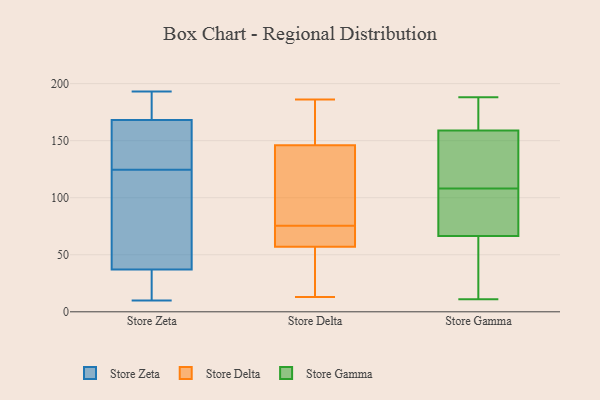
{"axis": {"x": "Temperature (°C)", "y": "Value"}, "legend": ["Store Delta", "Store Gamma", "Store Zeta"], "data": [{"x": "", "y": 95, "type": "Store Zeta"}, {"x": "", "y": 37, "type": "Store Zeta"}, {"x": "", "y": 135, "type": "Store Zeta"}, {"x": "", "y": 193, "type": "Store Zeta"}, {"x": "", "y": 168, "type": "Store Zeta"}, {"x": "", "y": 100, "type": "Store Zeta"}, {"x": "", "y": 10, "type": "Store Zeta"}, {"x": "", "y": 24, "type": "Store Zeta"}, {"x": "", "y": 192, "type": "Store Zeta"}, {"x": "", "y": 154, "type": "Store Zeta"}, {"x": "", "y": 114, "type": "Store Zeta"}, {"x": "", "y": 10, "type": "Store Zeta"}, {"x": "", "y": 140, "type": "Store Zeta"}, {"x": "", "y": 93, "type": "Store Zeta"}, {"x": "", "y": 158, "type": "Store Zeta"}, {"x": "", "y": 170, "type": "Store Zeta"}, {"x": "", "y": 31, "type": "Store Zeta"}, {"x": "", "y": 190, "type": "Store Zeta"}, {"x": "", "y": 140, "type": "Store Delta"}, {"x": "", "y": 184, "type": "Store Delta"}, {"x": "", "y": 146, "type": "Store Delta"}, {"x": "", "y": 114, "type": "Store Delta"}, {"x": "", "y": 68, "type": "Store Delta"}, {"x": "", "y": 56, "type": "Store Delta"}, {"x": "", "y": 13, "type": "Store Delta"}, {"x": "", "y": 62, "type": "Store Delta"}, {"x": "", "y": 179, "type": "Store Delta"}, {"x": "", "y": 57, "type": "Store Delta"}, {"x": "", "y": 74, "type": "Store Delta"}, {"x": "", "y": 31, "type": "Store Delta"}, {"x": "", "y": 186, "type": "Store Delta"}, {"x": "", "y": 77, "type": "Store Delta"}, {"x": "", "y": 11, "type": "Store Gamma"}, {"x": "", "y": 53, "type": "Store Gamma"}, {"x": "", "y": 162, "type": "Store Gamma"}, {"x": "", "y": 143, "type": "Store Gamma"}, {"x": "", "y": 159, "type": "Store Gamma"}, {"x": "", "y": 188, "type": "Store Gamma"}, {"x": "", "y": 83, "type": "Store Gamma"}, {"x": "", "y": 73, "type": "Store Gamma"}, {"x": "", "y": 177, "type": "Store Gamma"}, {"x": "", "y": 16, "type": "Store Gamma"}, {"x": "", "y": 159, "type": "Store Gamma"}, {"x": "", "y": 108, "type": "Store Gamma"}, {"x": "", "y": 19, "type": "Store Gamma"}, {"x": "", "y": 71, "type": "Store Gamma"}, {"x": "", "y": 113, "type": "Store Gamma"}, {"x": "", "y": 154, "type": "Store Gamma"}, {"x": "", "y": 95, "type": "Store Gamma"}]}